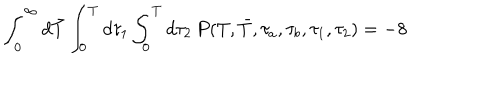
\int _ { 0 } ^ { \infty } d \bar { T } \int _ { 0 } ^ { T } d \tau _ { 1 } \int _ { 0 } ^ { T } d \tau _ { 2 } \, P ( T , \bar { T } , \tau _ { a } , \tau _ { b } , \tau _ { 1 } , \tau _ { 2 } ) = - 8 \quad